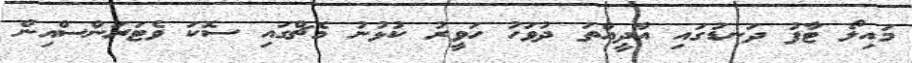
މައިލޯ ޓާފު ދަނޑުގައި އާދީއްތަ ދުވަހު ހަވީރު ކުޅުނު މެޗްގައި ސޮކަ ވެޓަރަންސްއިން